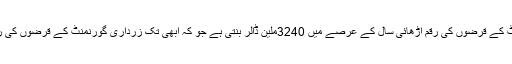
موجودہ گورنمنٹ کے قرضوں کی رقم اڑھائی سال کے عرصے میں 3240ملین ڈالر بنتی ہے جو کہ ابھی تک زرداری گورنمنٹ کے قرضوں کی رقم سے کم ہے ۔